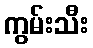
ကွမ်းသီး